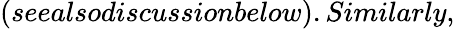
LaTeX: (seealsodiscussionbelow).Similarly,